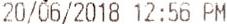
20/06/2018 12:56 PM